Problem: 48 + 10 = ?
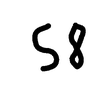
Handwritten answer: 58